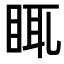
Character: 𥆍